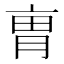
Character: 𠅥